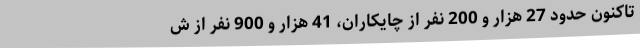
تاکنون حدود 27 هزار و 200 نفر از چایکاران، 41 هزار و 900 نفر از ش